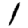
Digit: 1